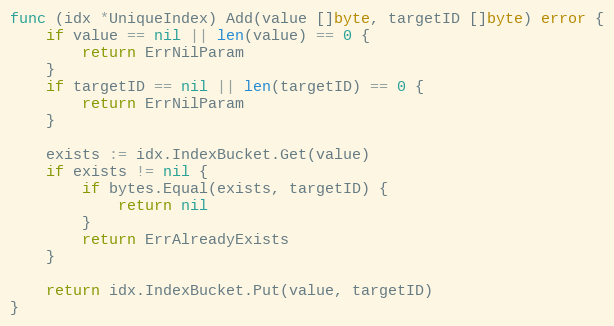
Language: Go
func (idx *UniqueIndex) Add(value []byte, targetID []byte) error {
	if value == nil || len(value) == 0 {
		return ErrNilParam
	}
	if targetID == nil || len(targetID) == 0 {
		return ErrNilParam
	}

	exists := idx.IndexBucket.Get(value)
	if exists != nil {
		if bytes.Equal(exists, targetID) {
			return nil
		}
		return ErrAlreadyExists
	}

	return idx.IndexBucket.Put(value, targetID)
}